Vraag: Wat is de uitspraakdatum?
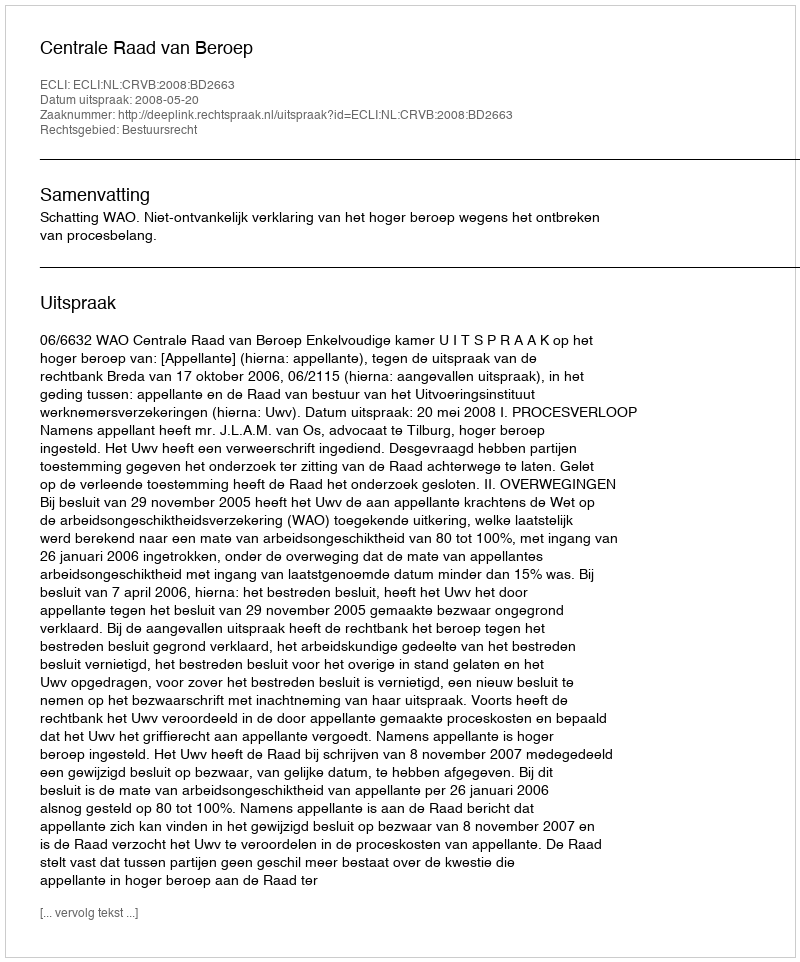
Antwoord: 2008-05-20